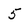
Character: 5